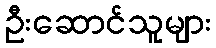
ဦးဆောင်သူများ